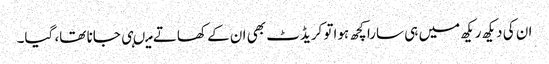
ان کی دیکھ ریکھ میں ہی سارا کچھ ہواتو کریڈٹ بھی ان کے کھاتے میںہی جانا تھا، گیا۔